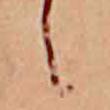
し